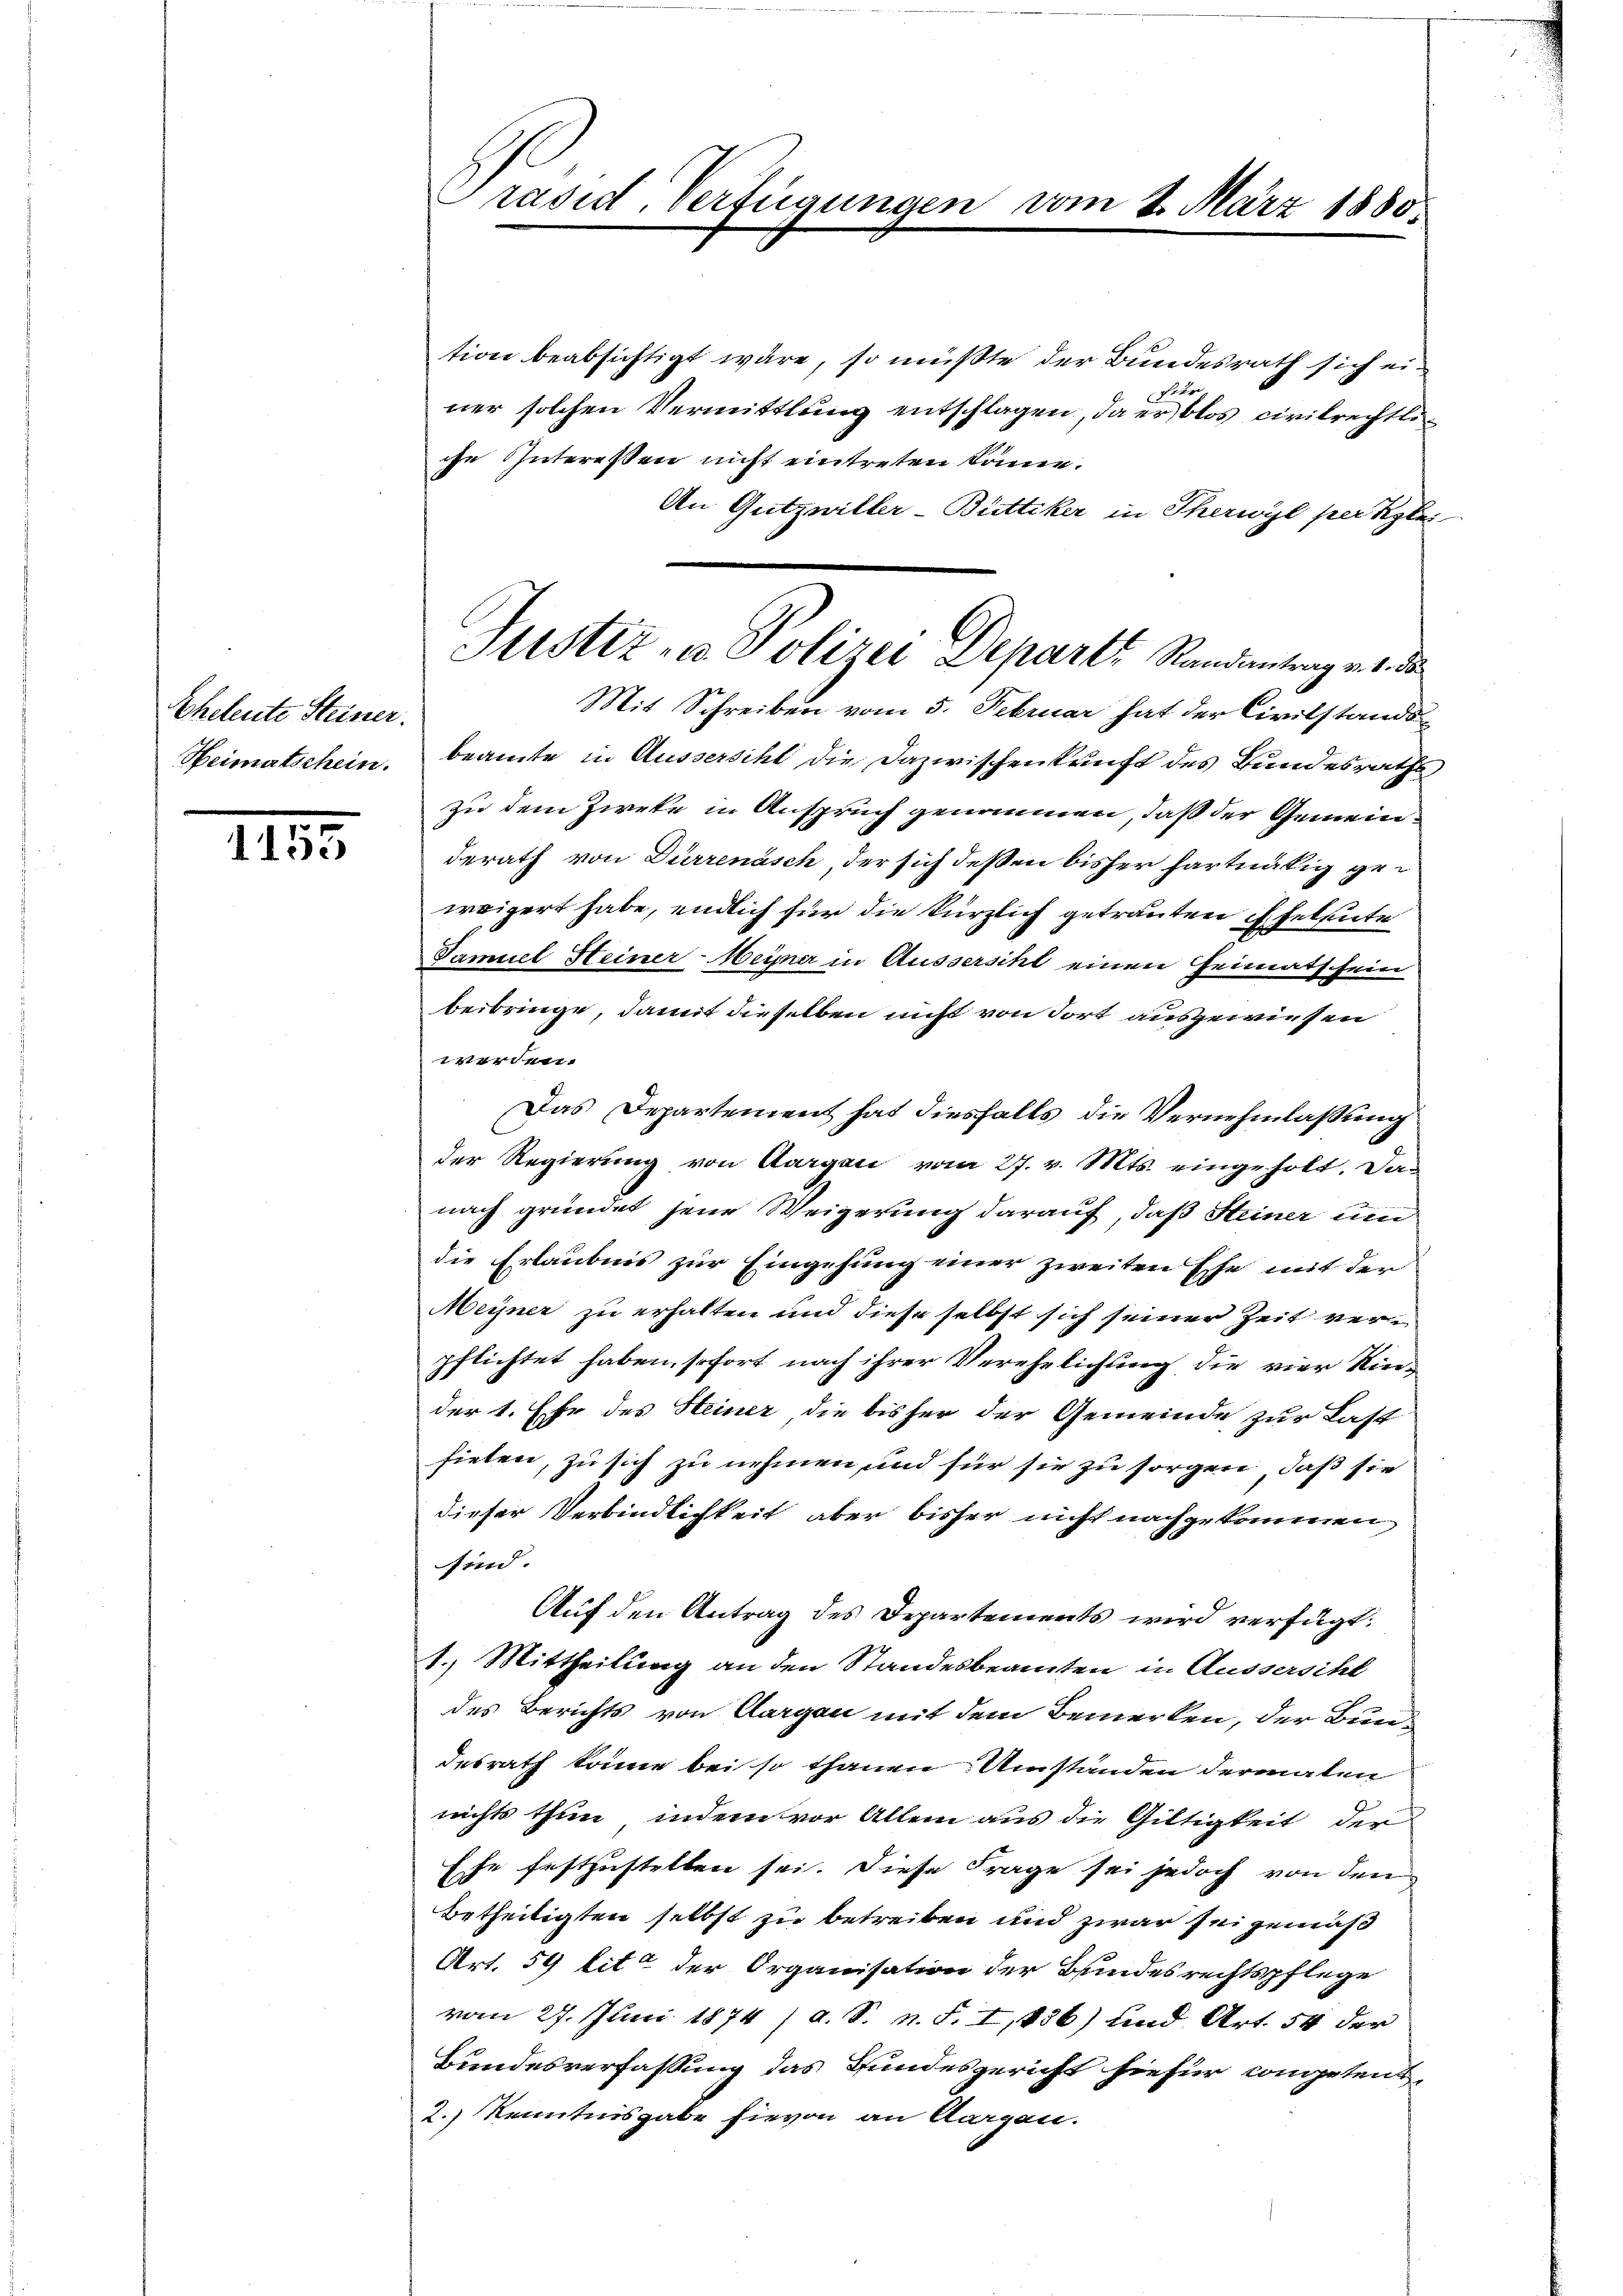
Eheleute Steiner.
Heimatschein.

1155

Präsid. Verfügungen vom 2. März 1880.

tion beabsichtigt wäre, so müßte der Bundesrath sich ein
Feu
ner solchen Vermittlung entschlagen, da er blos civilrechtliche Interessen nicht eintreten könne.
An Gutzwiller-Büttiker in Therwyl per Klei
Mit Schreiben vom 5. Februar hat der Civilstands
beamte in Aussersihl die Dazwischenkunft des Bundesraths
zu dem Zieke in Anspruch genommen, daß der Gemeinderath von Dürrenasch, der sich deßen bisher hartnätig geweigert habe, endlich für die kürzlich getrauten Eheleute
Samuel Steiner-Weyner in Ausserscht einen Heimatschein
beibringe, damit dieselben nicht von dort ausgewiesen
werden.
Das Departement hat diesfalls die Vernehmlassung
der Regierung von Aargau vom 27. v. Mts. eingeholt. Das
nach gründet seine Weigerung darauf, daß Steiner um
die Erlaubnis zur Eingehung einer zweiten Ehe mit der
Meiner zu erhalten und diese selbst sich seiner Zeit verpflichtet haben, sofort nach ihrer Verehelichung die vier Kinder 1. Ehe des Heiner die bisher der Gemeinde zur Last
fielen, zu sich zu nehmen und für sie zu sorgen, daß sie
dieser Verbindlichkeit aber bisher nicht nachzukommen
sind.
Auf den Antrag des Departements wird verfügt:
1.) Mittheilung an den Standesbeamten in Aussersihl
des Berichts von Aargau mit dem Bemerken, der Bundesrath könne bei so thanen Umständen dermaten
nichts thun, indem vor Allem aus die Gültigkeit der
Eche festzustellen sei. Diese Frage sei jedoch von den
betheiligten selbst zu betreiben und zwar sei gemäß
Art. 59 litt der Organisation der Kindesrechtspflege
vom 27. Juni 1874 / a. S. n. F. I,136) und Art. 54 der
Bundesverfassung das Bundesgericht hiefür competent¬
2.) Kenntnisgabe hievon an Aargen.

Justiz u. Polizei Departe Randantrag v. 1. da